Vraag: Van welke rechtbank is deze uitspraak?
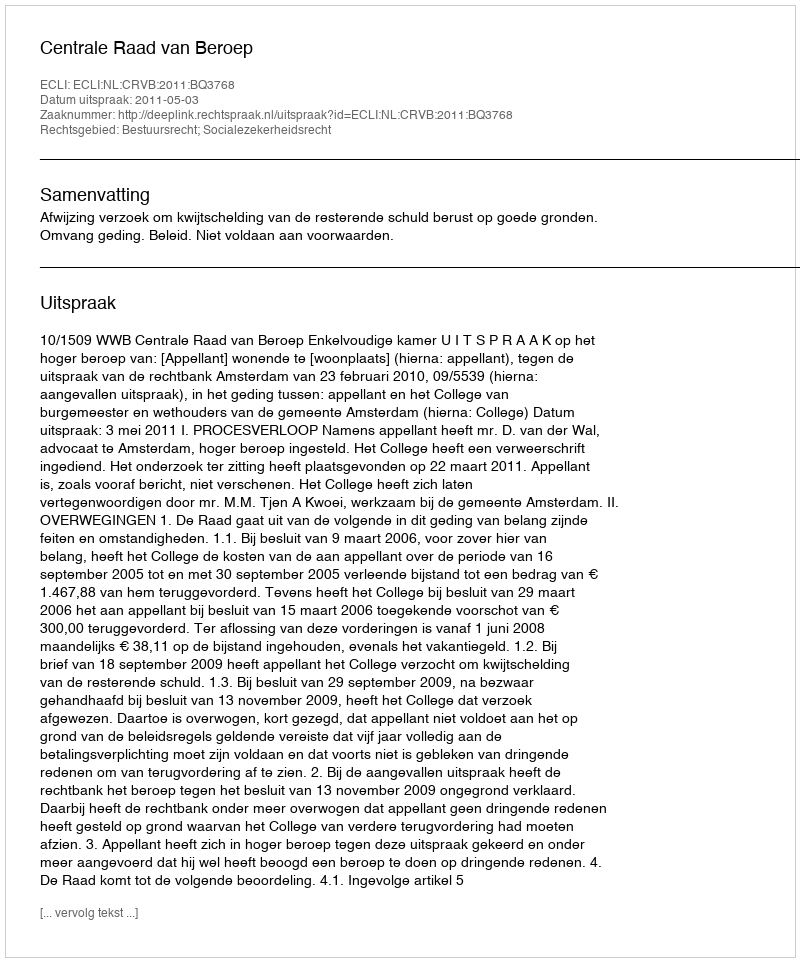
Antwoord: Centrale Raad van Beroep